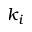
k _ { i }